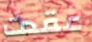
عقدت